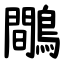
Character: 鷼